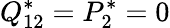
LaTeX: Q_{12}^{*}=P_{2}^{*}=0